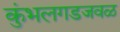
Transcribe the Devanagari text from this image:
कुंभलगडजवळ